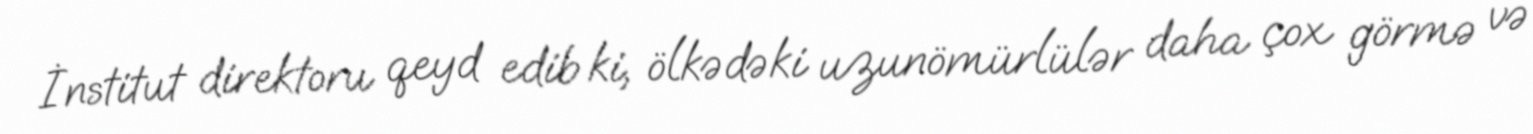
İnstitut direktoru qeyd edib ki, ölkədəki uzunömürlülər daha çox görmə və